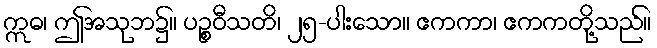
ဣဓ၊ ဤအသုဘ၌။ ပဉ္စဝီသတိ၊ ၂၅-ပါးသော။ ဧကကာ၊ ဧကကတို့သည်။